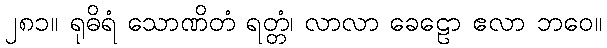
၂၈၁။ ရုဓိရံ သောဏိတံ ရတ္တံ၊ လာလာ ခေဠော ဧလာ ဘဝေ။